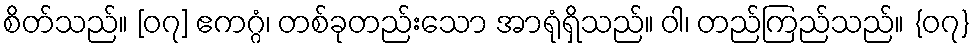
စိတ်သည်။ [၀၇] ဧကဂ္ဂံ၊ တစ်ခုတည်းသော အာရုံရှိသည်။ ဝါ၊ တည်ကြည်သည်။ {၀၇}